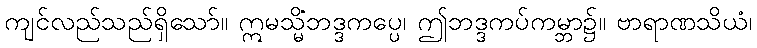
ကျင်လည်သည်ရှိသော်။ ဣမသ္မိံဘဒ္ဒကပ္ပေ၊ ဤဘဒ္ဒကပ်ကမ္ဘာ၌။ ဗာရာဏသိယံ၊